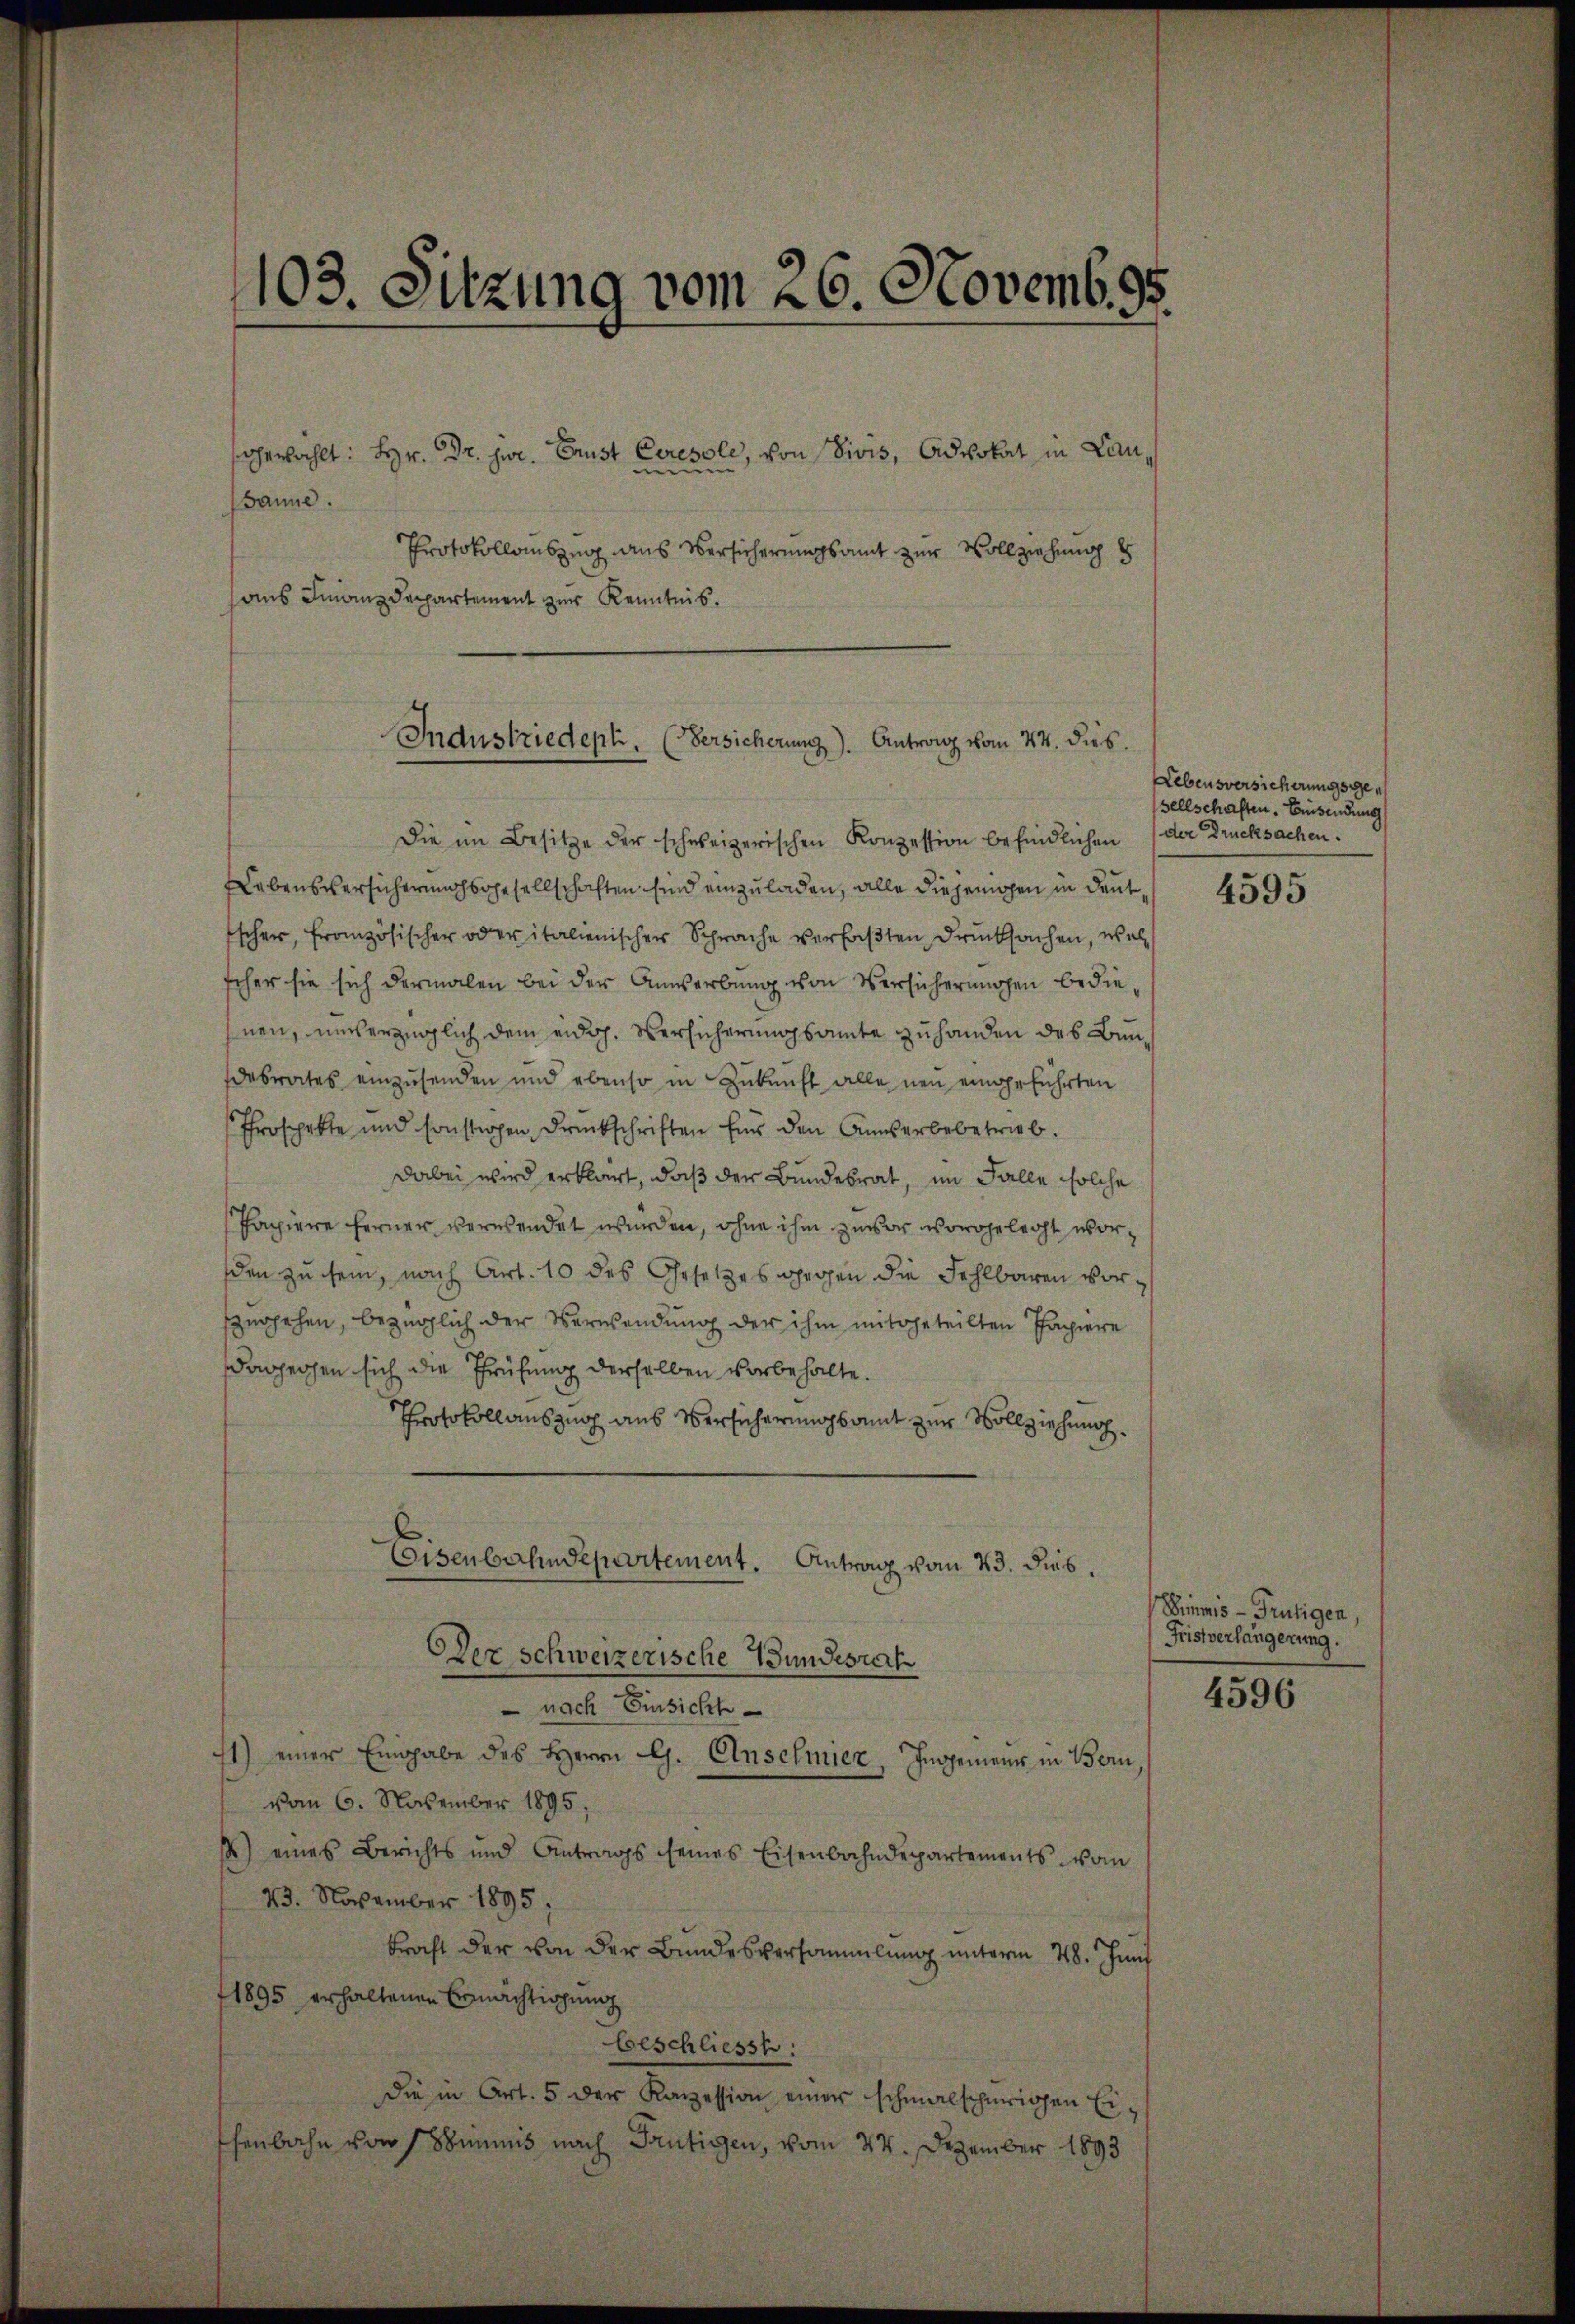
103. Sitzung vom 26. Novemb. 95.

sgewählt: Hr. Dr. jur. Grust Ceresole, von Divis, Advokat in Lane
sanne.
Protokollauszug aus Versicherungsamt zur Vollziehung d
aus Finanzdepartement zur Kenntnis.

Industriedept. (Versicherung). Antrag vom 24. dies

Die im Besitze der schweizerischen Konzession befindlichen der Drucksachen.
Nebensversichernachsgesellschaften sind einzuladen, alle diejenigen in deut
Escher, französischer oder italienischer Sprache verfaßten Drucksachen, wel
scher sie sich dermalen bei der Anwerbung von Versicherungen bedienen, unverzüglich dem eidg. Versicherungsamte zuhanden des Bundesrates einzusenden und ebenso in Zukunft alle neu eingeführten
Ehrospekte und sonstigen Druckschriften für den Ausserbebetrieb.
dabei wird erklärt, daß der Bundesrat, im Falle solche
Papiere ferner verwendet würden, ohne ihm zuvor vorgelegt worden zu sein, nach Art. 10 des Gesetzes gegen die Fehlbaren vorspergehen, bezüglich der Verwendung der ihm mitgeteilten Papiere
dagegen sich die Prüfung derselben vorbehalte.
Protokollauszug aus Versicherung somit zur Vollziehung
Eisenbahndepartement. Antrag vom 23. dies
Der schweizerische Wundesrat
 nach Einsicht
1) einer Eingabe des Herrn G. Anschmier, Ingenieur in Bern,
vom 6. November 1895,
) eines Berichts und Antrags seines Eisenbahndepartements vom
23. November 1895.
kraft der von der Bundesversammlung unterm 28. Juni
1895 erhaltenen Ermächtigung
beschliesst:
Die in Art. 5 der Konzession einer schmalschweigen Ei
henbahn von Somnis nach Frutigen, vom 24. Dezember 1893

Lebensversicherungsgeg
sellschaften. Eisendung

4595

Dimmis - Frutigen,
Fristverlängerung.

4596